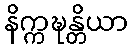
နိက္ကဍ္ဎန္တိယာ